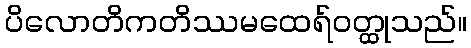
ပိလောတိကတိဿမထေရ်ဝတ္ထုသည်။